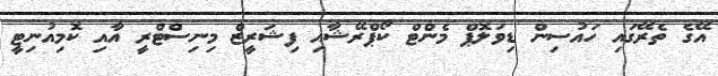
އޭގެ ތެރޭގައި ހައުސިން ޑިވަލޮޕް މެންޓް ކޯޕްރޭޝާއި ފިޝަރީޒް މިނިސްޓްރީ އާއި ކޮމިއުނިޓީ